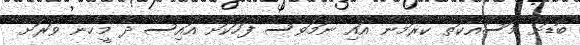
ބޮޑަށް މަސައްކަތް ކުރަމުން އައި ނަމަވެސް ފަހަކަށް އައިސް ދެ މީހުން ވަރަށް